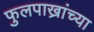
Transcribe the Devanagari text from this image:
फुलपाख्रांच्या